Annual administration report of the Civil Veterinary Department of India - 1898-1899
Year: 1898
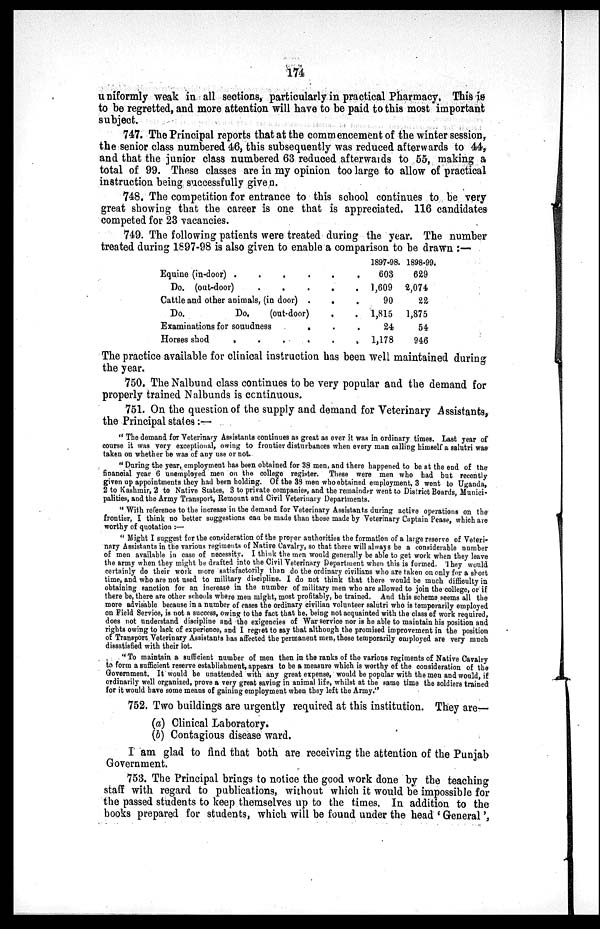
174
uniformly weak in all sections, particularly in practical Pharmacy. This is
to be regretted, and more attention will have to be paid to this most important
subject.
747. The Principal reports that at the commencement of the winter session,
the senior class numbered 46, this subsequently was reduced afterwards to 44,
and that the junior class numbered 63 reduced afterwards to 55, making a
total of 99. These classes are in my opinion too large to allow of practical
instruction being successfully given.
748. The competition for entrance to this school continues to be very
great showing that the career is one that is appreciated. 116 candidates
competed for 23 vacancies.
749. The following patients were treated during the year. The number
treated during 1897-98 is also given to enable a comparison to be drawn :—
Equine (in-door) . . . . . .
Do. (out-door) . . . . . .
Cattle and other animals, (in door) . . .
Do.
Do.
(out-door) . .
Examinations for soundness . . .
Horses shod
.
.
.
.
.
.
1897-98.
603
1,609
90
1,815
24
1,178
1898-99.
629
2,074
22
1,875
54
946
The practice available for clinical instruction has been well maintained during
the year.
750. The Nalbund class continues to be very popular and the demand for
properly trained Nalbunds is ccntinuous.
751. On the question of the supply and demand for Veterinary Assistants,
the Principal states:—
" The demand for Veterinary Assistants continues as great as ever it was in ordinary times. Last year of
course it was very exceptional, owing to frontier disturbances when every man calling himself a salutri was
taken on whether he was of any use or not.
" During the year, employment has been obtained for 38 men, and there happened to be at the end of the
financial year 6 unemployed men on the college register. These were men who had but recently
given up appointments they had been holding. Of the 38 men who obtained employment, 3 went to Uganda,
2 to Kashmir, 2 to Native States, 3 to private companies, and the remainder went to District Boards, Munici-
palities, and the Army Transport, Remount and Civil Veterinary Departments.
" With reference to the increase in the demand for Veterinary Assistants during active operations on the
frontier, I think no better suggestions can be made than those made by Veterinary Captain Pease, which are
worthy of quotation :—
" Might I suggest for the consideration of the proper authorities the formation of a large reserve of Veteri-
nary Assistants in the various regiments of Native Cavalry, so that there will always be a considerable number
of men available in case of necessity. I think the men would generally be able to get work when they leave
the army when they might be drafted into the Civil Veterinary Department when this is formed. They would
certainly do their work more satisfactorily than do the ordinary civilians who are taken on only for a short
time, and who are not used to military discipline. I do not think that there would be much difficulty in
obtaining sanction for an increase in the number of military men who are allowed to join the college, or if
there be, there are other schools where men might, most profitably, be trained. And this schema seems all the
more advisable because in a number of cases the ordinary civilian volunteer salutri who is temporarily employed
on Field Service, is not a success, owing to the fact that he, being not acquainted with the class of work required,
does not understand discipline and the exigencies of War service nor is he able to maintain his position and
rights owing to lack of experience, and I regret to say that although the promised improvement in the position
of Transport Veterinary Assistants has affected the permanent men, those temporarily employed are very much
dissatisfied with their lot.
"To maintain a sufficient number of men then in the ranks of the various regiments of Native Cavalry
to form a sufficient reserve establishment, appears to be a measure which is worthy of the consideration of the
Government. It would be unattended with any great expense, would be popular with the men and would, if
ordinarily well organized, prove a very great saving in animal life, whilst at the same time the soldiers trained
for it would have some means of gaining employment when they left the Army."
752. Two buildings are urgently required at this institution. They are—
(a) Clinical Laboratory.
(b) Contagious disease ward.
I am glad to find that both are receiving the attention of the Punjab
Government.
753. The Principal brings to notice the good work done by the teaching
staff with regard to publications, without which it would be impossible for
the passed students to keep themselves up to the times. In addition to the
books prepared for students, which will be found under the head 'General',